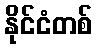
နိုင်ငံတစ်